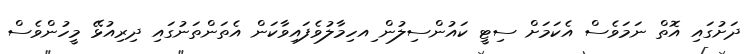
ދަށުގައި އޮތް ނަމަަވެސް އެކަމަށް ސިޓީ ކައުންސިލުން ިއހިމާލުވެފައިވާކަން އެތަންތަނުގައި ދިރިއުޅޭ މީހުންވެސް